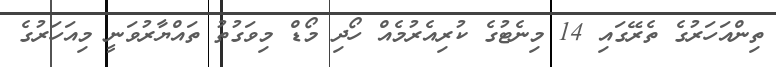
ތިންއަހަރުގެ ތެރޭގައި 14 މިނެޓުގެ ކުރިއެރުމެއް ހޯދި މޯޑް މިވަގުތު ތައްޔާރުވަނީ މިއަހަރުގެ